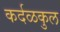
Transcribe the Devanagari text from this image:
कर्दळकुल